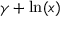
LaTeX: \gamma + \ln ( x )